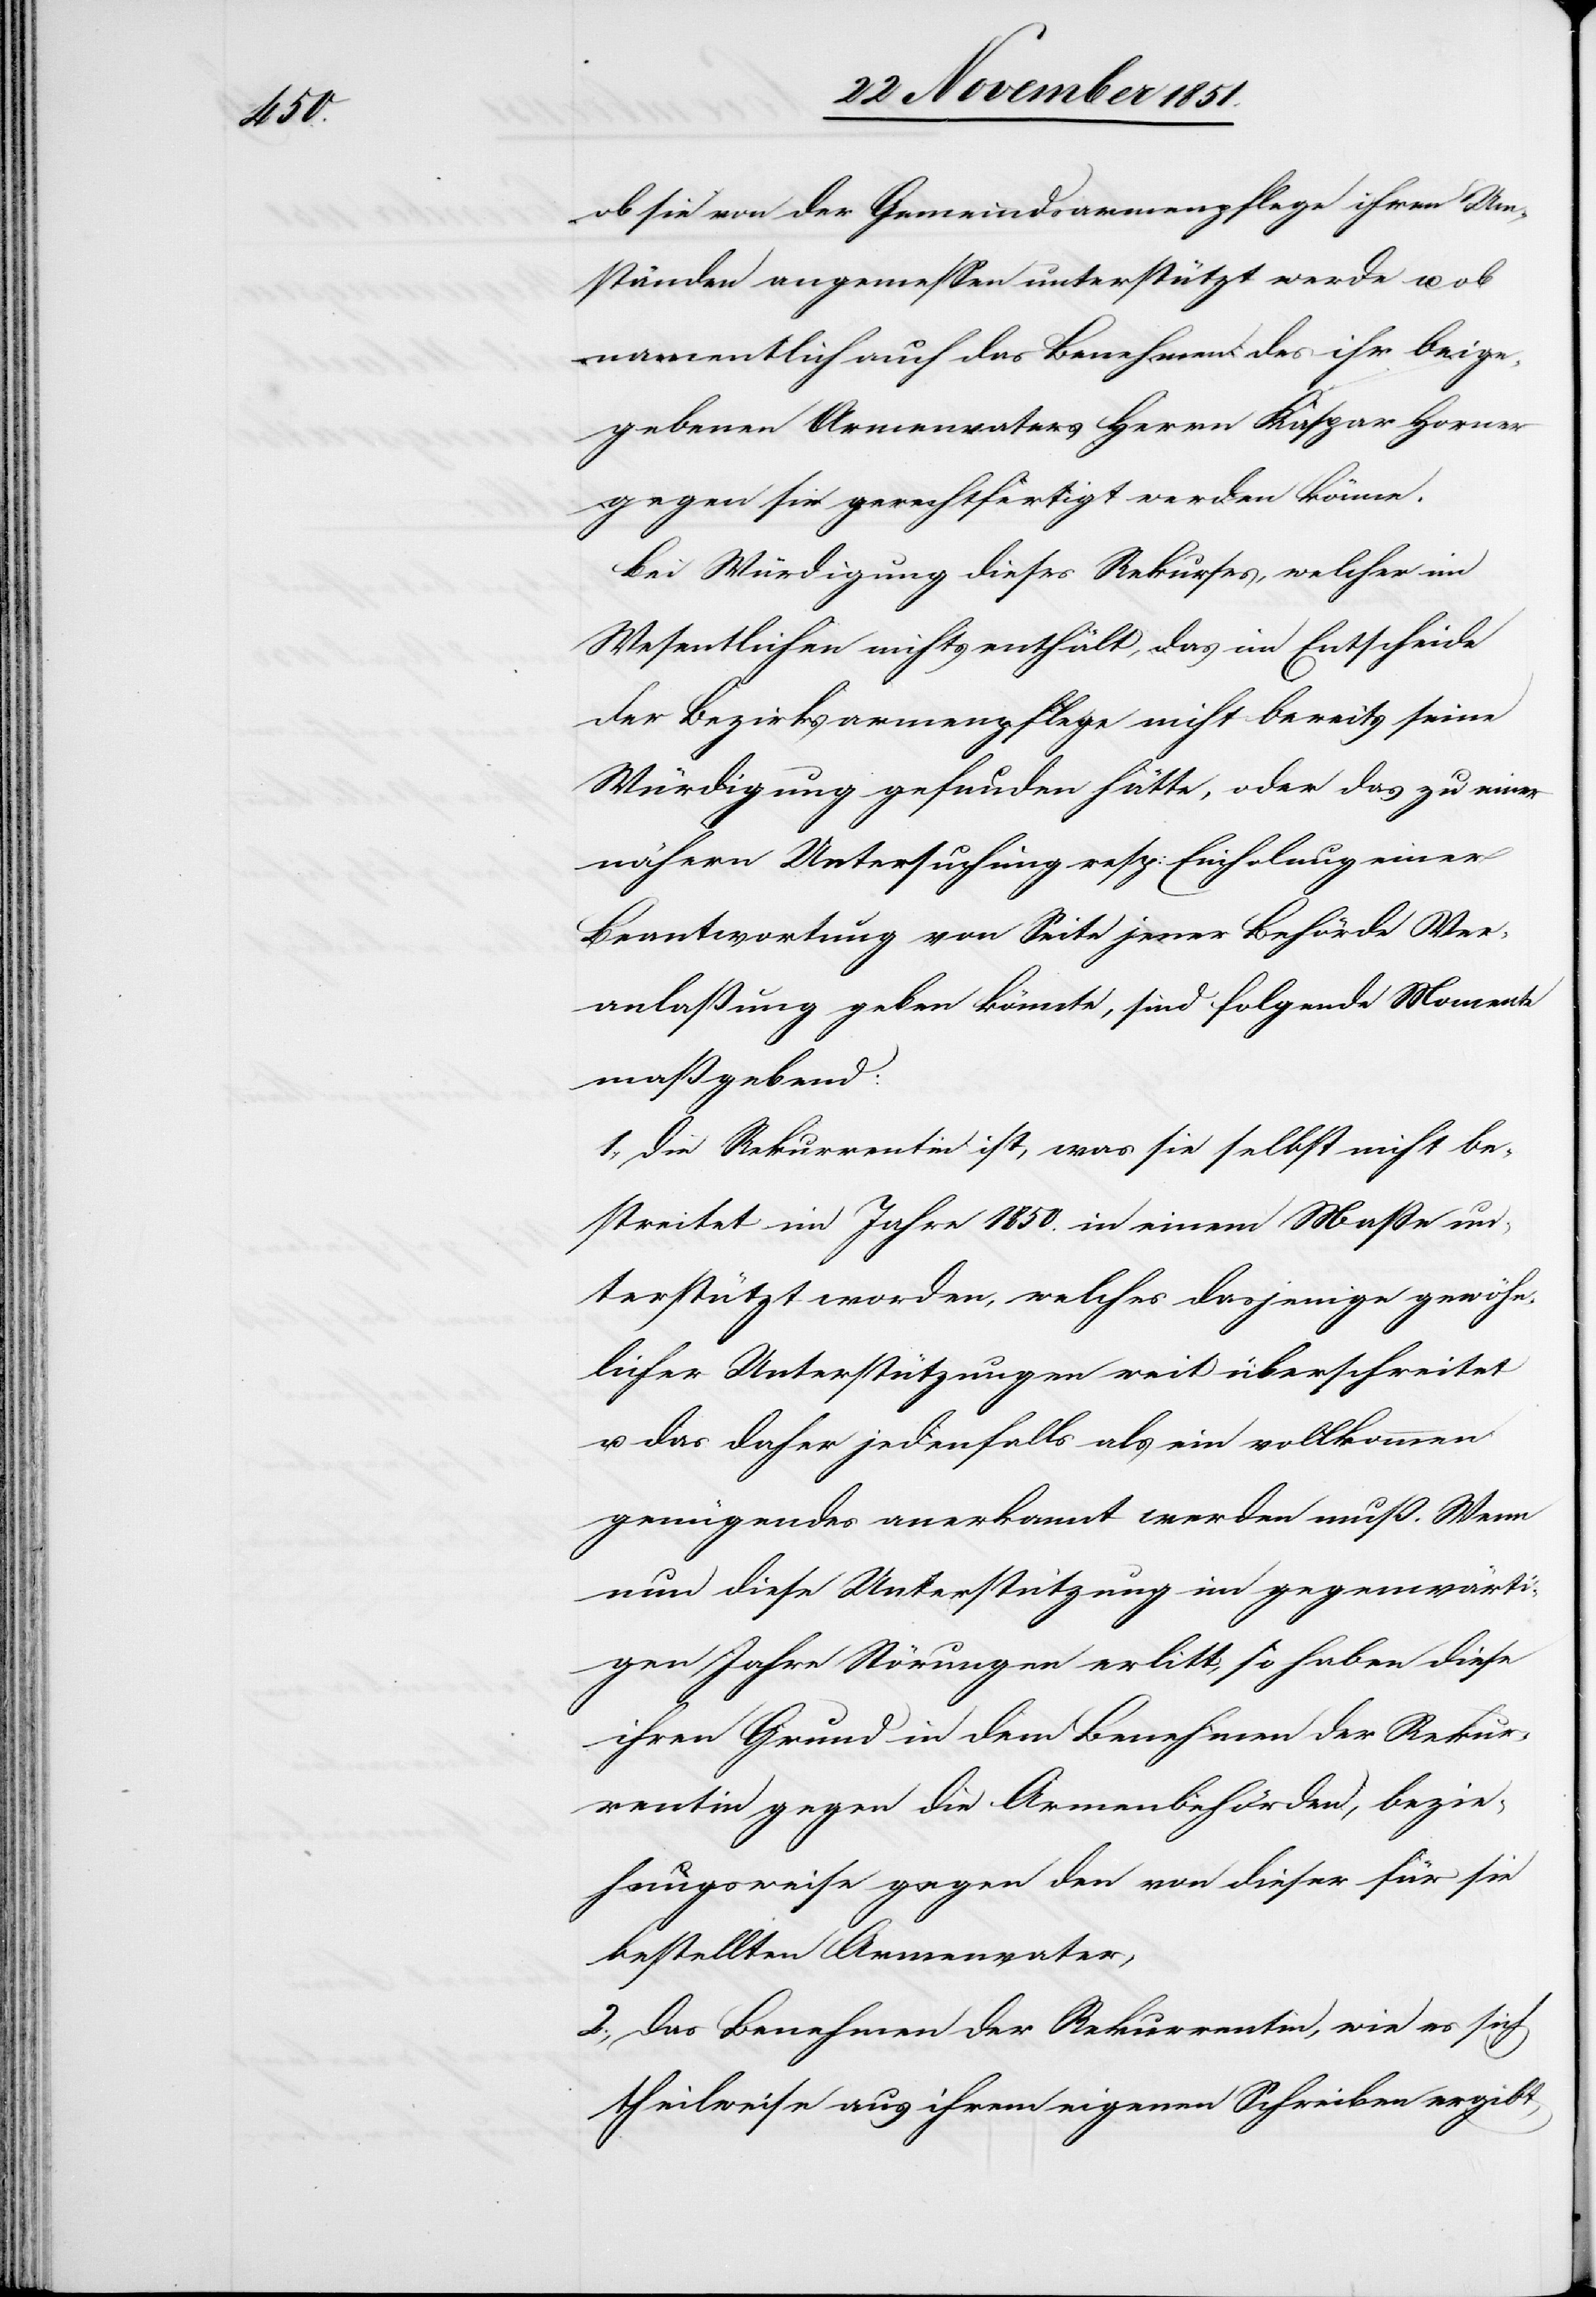
ob sie von der Gemeindsarmenpflege ihren Um¬
ständen angemessen unterstützt werde u. ob
namentlich auch das Benehmen des ihr beige¬
gebenen Armenvaters Herrn Kaspar Horner
gegen sie gerechtfertigt werden könne.
Bei Würdigung dieses Rekurses, welcher im
Wesentlichen nichts enthält, das im Entscheide
der Bezirksarmenpflege nicht bereits seine
Würdigung gefunden hätte, oder das zu einer
nähern Untersuchung resp: Einholung einer
Beantwortung von Seite jener Behörde Ver¬
anlaßung geben könnte, sind folgende Momente
maßgebend:
1., Die Rekurrentin ist, was sie selbst nicht be¬
streitet im Jahre 1850. in einem Maße un¬
terstützt worden, welches dasjenige gewöhn¬
licher Unterstützungen weit überschreitet
u. das daher jedenfalls als ein vollkommen
genügendes anerkannt werden muß. Wenn
nun diese Unterstützung im gegenwärti¬
gen Jahre Störungen erlitt, so haben diese
ihren Grund in dem Benehmen der Rekur¬
rentin gegen die Armenbehörden, bezie¬
hungsweise gegen den von dieser für sie
bestellten Armenvater,
2., Das Benehmen der Rekurrentin, wie es sich
theilweise aus ihrem eigenen Schreiben ergibt,